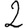
Digit: 2